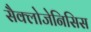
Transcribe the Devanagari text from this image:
सैक्लोजेनिसिस